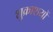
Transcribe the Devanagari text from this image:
शुक्राशयों